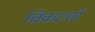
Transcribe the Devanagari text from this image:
चिकटतो